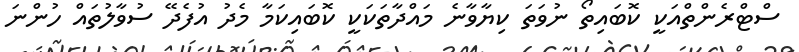
ސްޓްރެންތްއަކީ ކޮބައިތޯ ނުވަތަ ކިޔާވާނެ މައްދާތަކަކީ ކޮބައިކަމާ މެދު އުފެެދޭ ސުވާލުތައް ހުންނަ